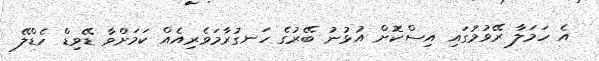
އެ ހަމަލާ ރޭވުމުގައި އިސްކޮށް އުޅުނު ބޭރުގެ ހަނގުރާމަވެރިއެއް ކަމަށްވާ ޑޭވިޑް ހެޑްލޭ